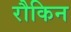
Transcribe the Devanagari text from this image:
रौकिन